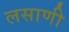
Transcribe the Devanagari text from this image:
लसाणी